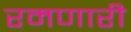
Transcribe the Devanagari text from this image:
रमणारी